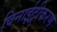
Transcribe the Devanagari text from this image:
विनाईट्रीकरण